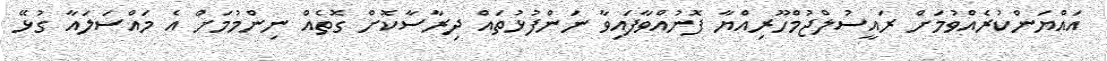
އައްޔަންކުރެއްވުމަށް ރައީސުލްޖުމްހޫރިއްޔާ ފޮނުއްވާފައިވާ ނަންފުޅުތައް ދިރާސާކޮށް ގޮތެއް ނިންމުމަށް އެ މައްސަލައާ ގުޅޭ